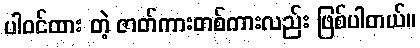
ပါဝင်ထား တဲ့ ဇာတ်ကားတစ်ကားလည်း ဖြစ်ပါတယ်။